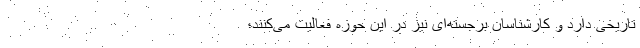
تاریخی دارد و کارشناسان برجسته‌ای نیز در این حوزه فعالیت می‌کنند؛